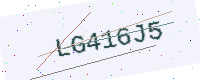
Text: LG416J5